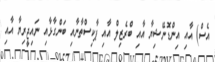
އެސް) އާއި އިންޑޮނޭޝިޔާ އާއި ބްރެޒިލް އާއި ޕާކިސްތާނާއި ބަންގާޅާއި ނައިޖީރިޔާ އާއި